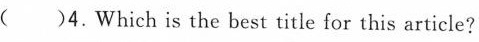
( )4.Which is the best title for this article?